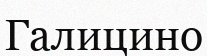
Галицино